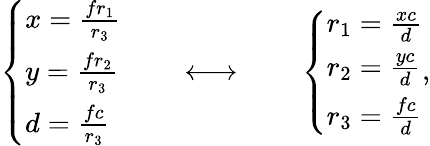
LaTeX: \left\{ \begin{array}{ll}{x=\frac{fr_{1}}{r_{3}}}\\ {y=\frac{fr_{2}}{r_{3}}}\\ {d=\frac{fc}{r_{3}}}\end{array}\right.\qquad\longleftrightarrow\qquad\left\{ \begin{array}{ll}{r_{1}=\frac{xc}{d}}\\ {r_{2}=\frac{yc}{d}}\\ {r_{3}=\frac{fc}{d}}\end{array}\right.,